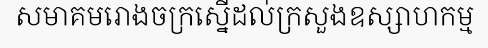
សមាគមរោងចក្រស្នើដល់ក្រសួងឧស្សាហកម្ម